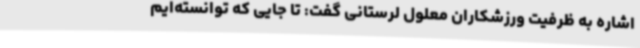
اشاره به ظرفیت ورزشکاران معلول لرستانی گفت: تا جایی که توانسته‌ایم